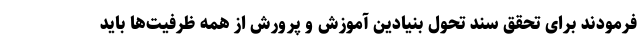
فرمودند برای تحقق سند تحول بنیادین آموزش و پرورش از همه ظرفیت‌ها باید